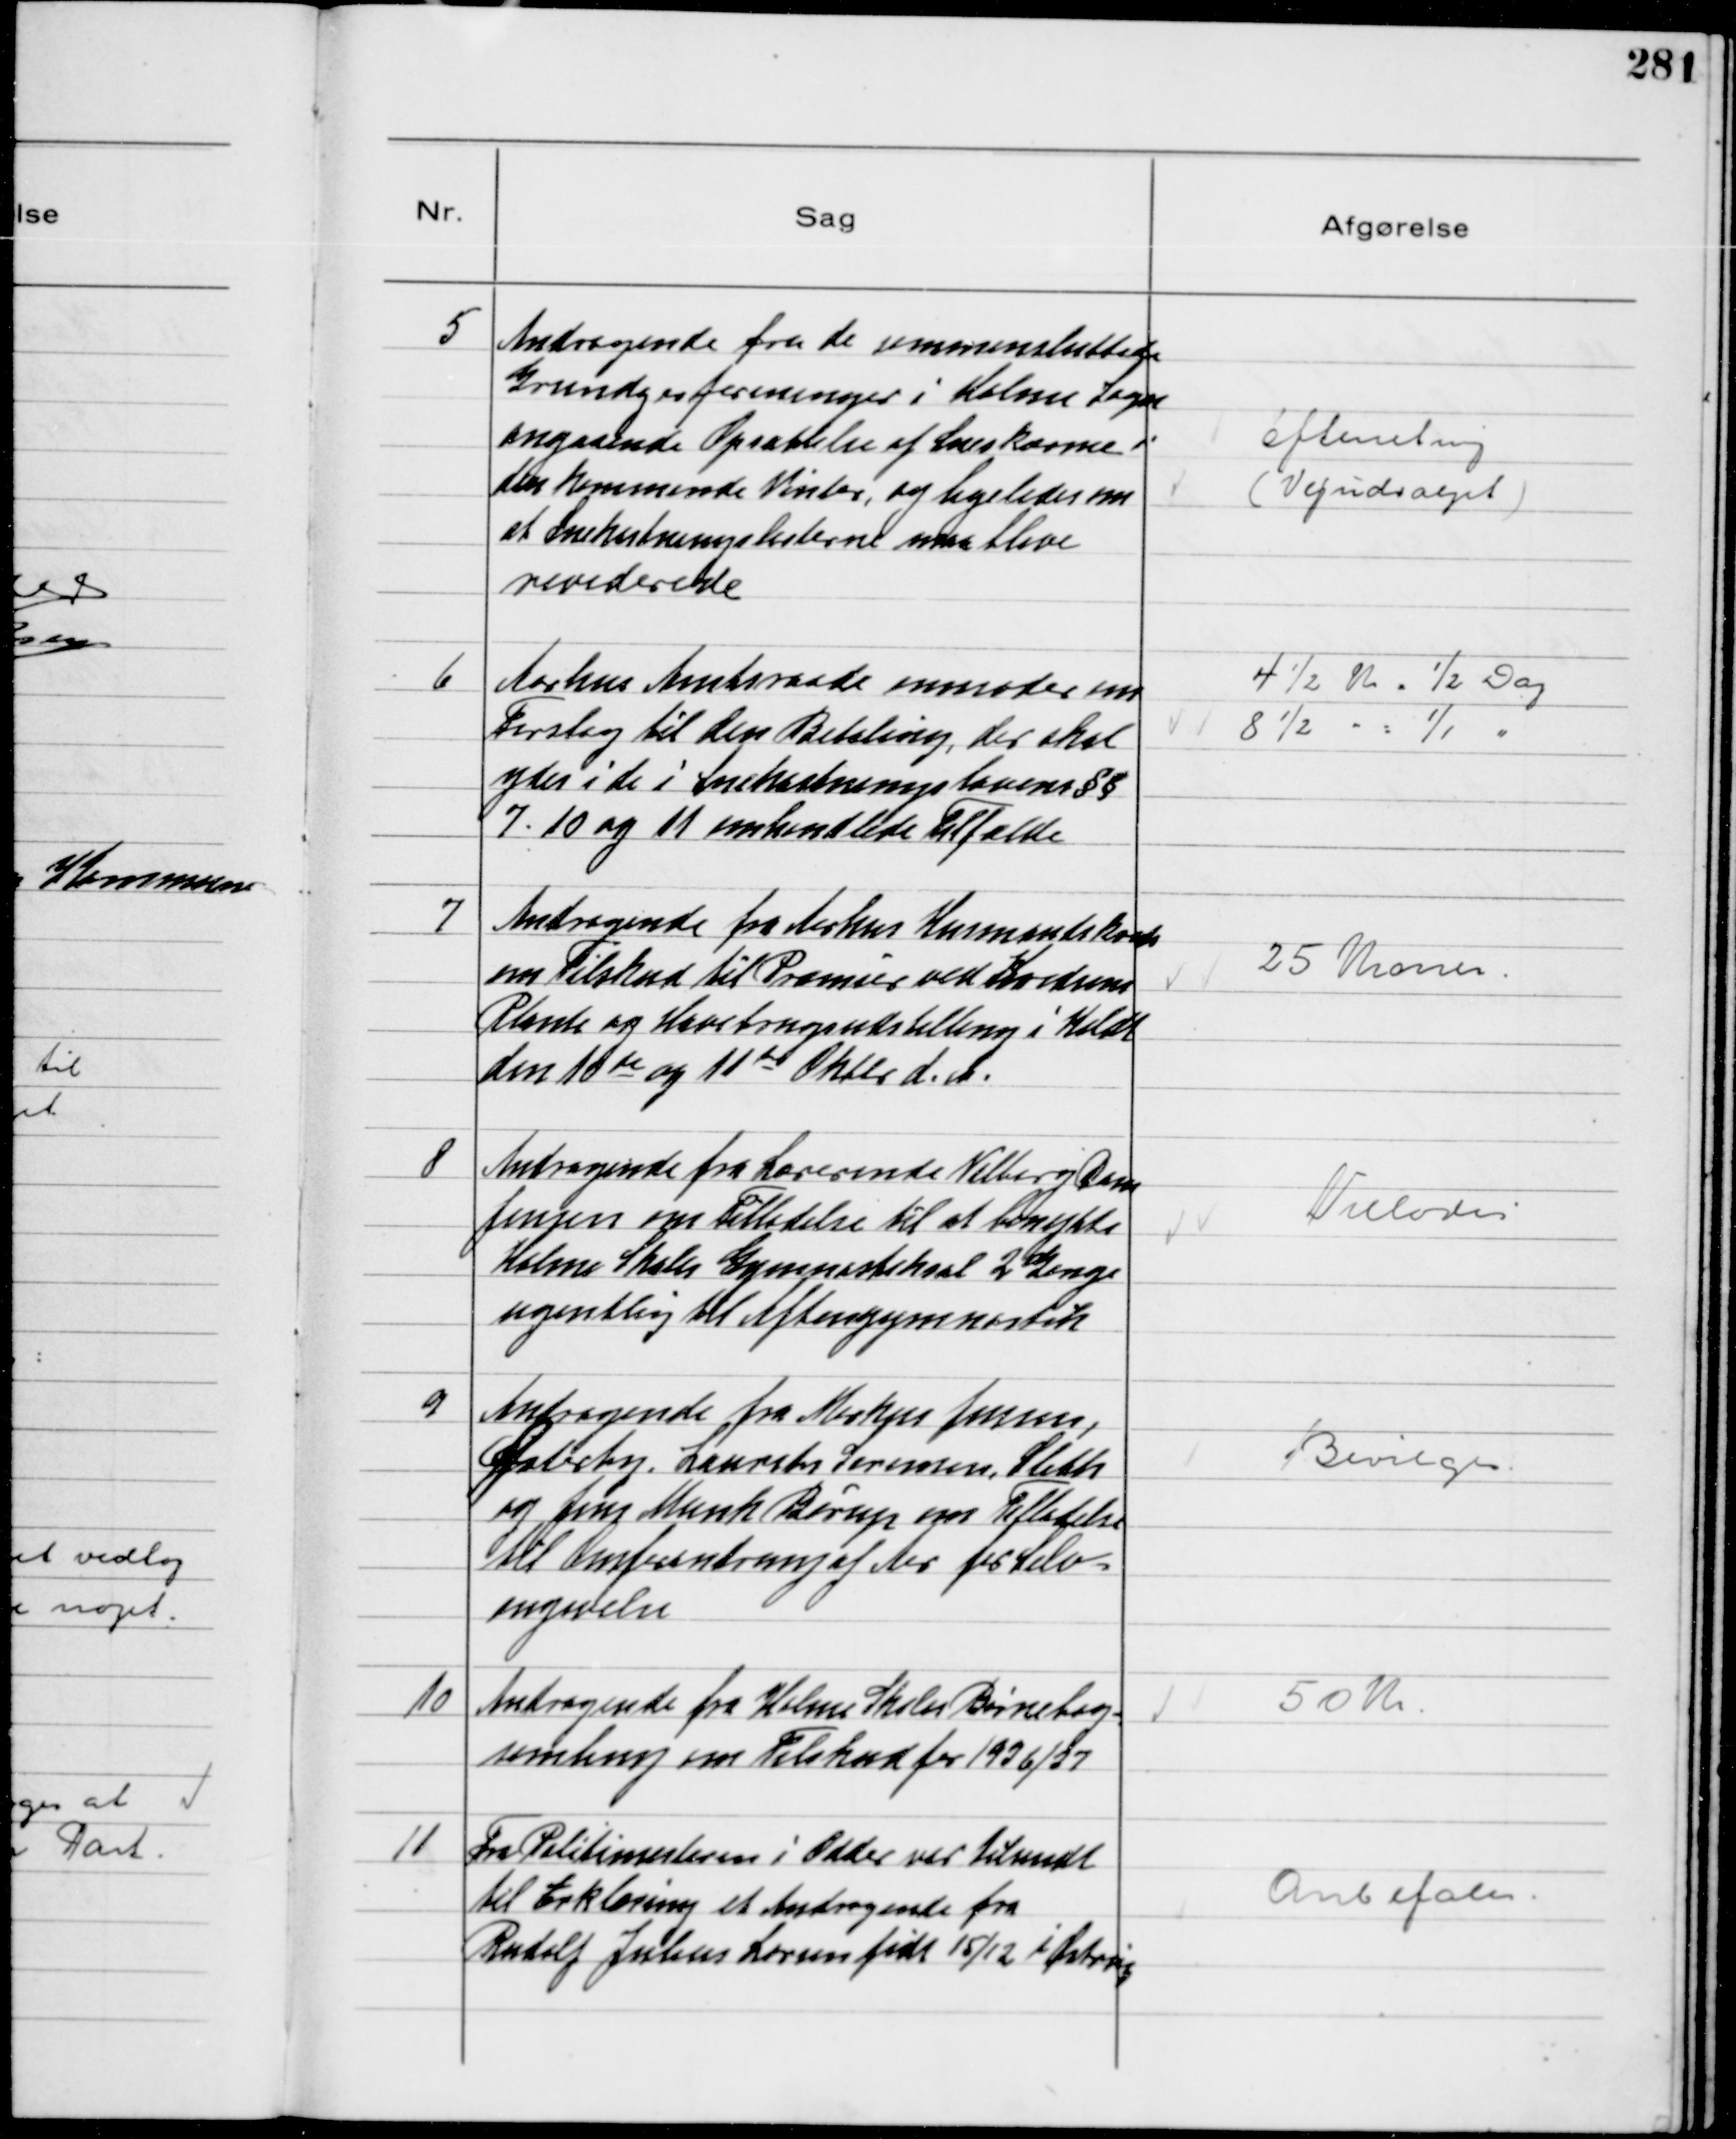
Transskription:
5
Andragende fra de sammensluttede
Grundejerforeninger i Holme Sogn
angaaende Opsættelse af Læskærme i
den kommemnde Vinter og ligeledes om
at Snekastningslisterne maa blive
reviderede

Efterretning
(Vejudvalget)

6
Aarhus Amtsraad anmoder om
Forslag til den Betaling, der skal
ydes i de i Snekastningslovens §§
7 10 og 11 omhandlede Tilfælde

4 ½ Kr = ½ Dag
8 ½ 〃 = 1/1 Dag

7
Andragende fra Aarhus Husmandskreds
om Tilskud til Præmier ved Kredsens
Plante og Havebrugsudstilling i Koldt
den 10de og 11de Oktbr d. A.

25 Kroner

8
Andragende fra Lærerinde Valborg Dam
Jensen om Tilladelse til at benytte
Holme Skoles Gymnastiksal 2 Gange
ugenlig til Aftengymnastik

Tillodes

9
Andragende fra Markus Jensen,
Østerby, Laurits Sørensen, Sleth
og Jens Munk Børup om Tilladelse
til Omforandring af Aar for Selv-
angivelse

Bevilges

10
Andragende fra Holme Skoles Børnebog-
samling om Tilskud for 1936/37

50 Kr

11
Fra Politimesteren i Odder var tilsendt
til Erklæring et Andragende fra
Rudolf Julius Larsen født 15/12 i Østrup

Anbefales